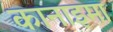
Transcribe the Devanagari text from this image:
कानाइमा